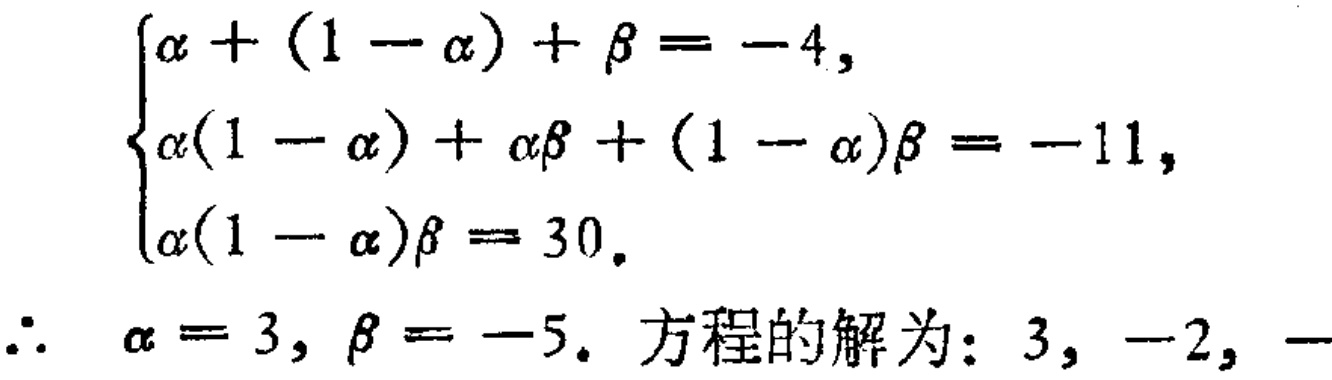
\[
\begin{cases}
\alpha+(1 - \alpha)+\beta=-4,\\
\alpha(1 - \alpha)+\alpha\beta+(1 - \alpha)\beta=-11,\\
\alpha(1 - \alpha)\beta=30.
\end{cases}
\]
\(\therefore \alpha = 3, \beta=-5\). 方程的解为：\(3, -2, -\)